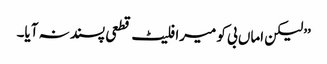
’’لیکن اماں بی کو میرا فلیٹ قطعی پسند نہ آیا۔